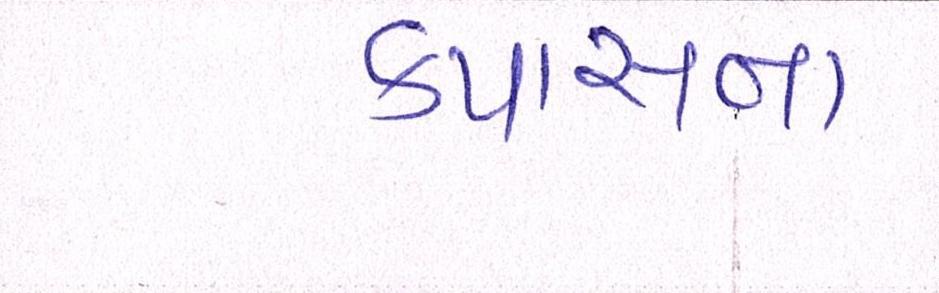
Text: કપાસના